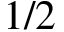
1 / 2